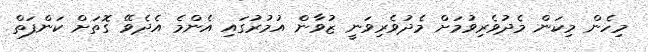
މިހެން މިކަން މެދުވެރިވުމަށް މެދުވެރިވަނީ ޒުވާން އުމުރުގައި އެންމެ އެދެވޭ ގޮތަށް ކަންފަތް